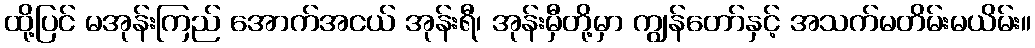
ထို့ပြင် မအုန်းကြည် အောက်အငယ် အုန်းရီ၊ အုန်းမှီတို့မှာ ကျွန်တော်နှင့် အသက်မတိမ်းမယိမ်း။